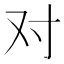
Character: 对